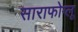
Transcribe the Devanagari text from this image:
साराफोग्लू